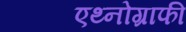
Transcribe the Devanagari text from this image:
एथ्नोग्राफी